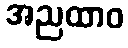
အညထာဝ